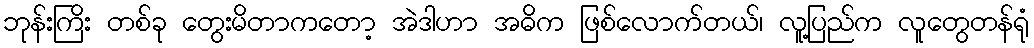
ဘုန်းကြိး တစ်ခု တွေးမိတာကတော့ အဲဒါဟာ အဓိက ဖြစ်လောက်တယ်၊ လူ့ပြည်က လူတွေတန်ရုံ